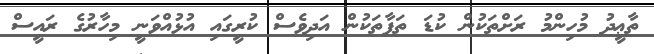
ތާޢީދު މުހިންމު ރަށްތަކުން ކުޑަ ތަފާތަކުން އަދިވެސް ކުރީގައި އުޅުއްވަނީ މިހާރުގެ ރައީސް